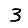
Digit: 3